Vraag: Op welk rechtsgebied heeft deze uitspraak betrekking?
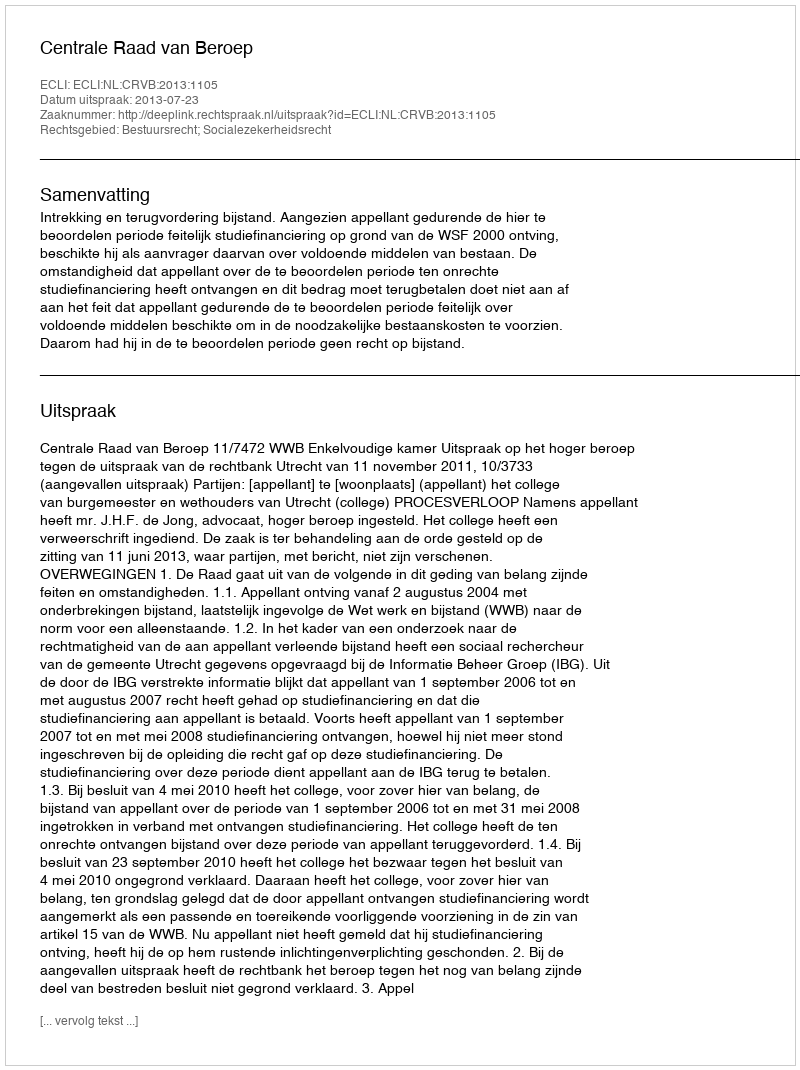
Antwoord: Bestuursrecht; Socialezekerheidsrecht